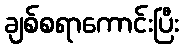
ချစ်စရာကောင်းပြီး